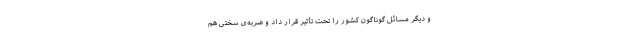
و دیگر مسائل گوناگون کشور را تحت ‌تأثیر قرار داد و ضربه‌ی سختی هم